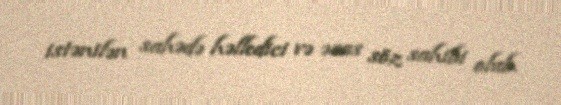
istənilən sahədə həlledici və əsas söz sahibi olub.